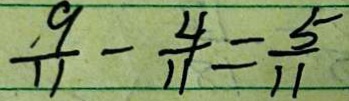
\frac { 9 } { 1 1 } - \frac { 4 } { 1 1 } = \frac { 5 } { 1 1 }